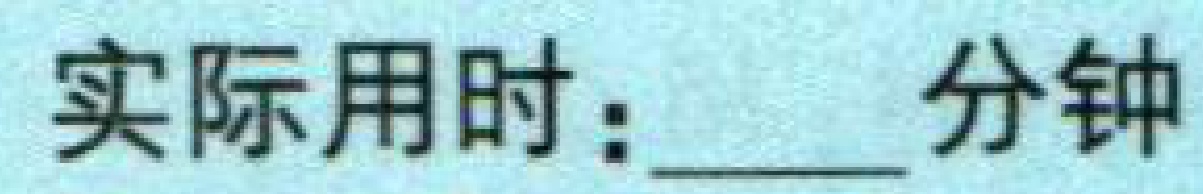
实际用时：______分钟